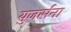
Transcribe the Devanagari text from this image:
युजर्सना